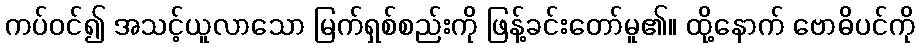
ကပ်ဝင်၍ အသင့်ယူလာသော မြက်ရှစ်စည်းကို ဖြန့်ခင်းတော်မူ၏။ ထို့နောက် ဗောဓိပင်ကို